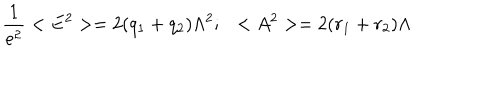
\frac { 1 } { e ^ { 2 } } < E ^ { 2 } > = 2 ( q _ { 1 } + q _ { 2 } ) \Lambda ^ { 2 } ; \ \ < A ^ { 2 } > = 2 ( r _ { 1 } + r _ { 2 } ) \Lambda